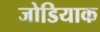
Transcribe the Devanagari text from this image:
जोडियाक